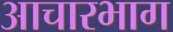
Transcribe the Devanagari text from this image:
आचारभाग